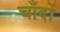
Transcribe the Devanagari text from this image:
चाँदों